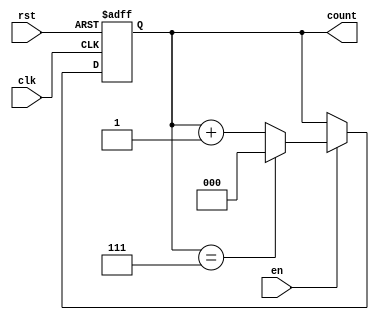
module ModulusCounter #(
    parameter N = 8  // Modulus value, should be greater than 1
)(
    input wire clk,      // Clock signal
    input wire rst,      // Asynchronous reset signal
    input wire en,       // Enable signal
    output reg [$clog2(N)-1:0] count // Output count
);

    // Asynchronous reset and counting logic
    always @(posedge clk or posedge rst) begin
        if (rst) begin
            count <= 0; // Reset count to 0
        end else if (en) begin
            if (count == N - 1) begin
                count <= 0; // Reset to 0 when reaching the maximum modulus
            end else begin
                count <= count + 1; // Increment count
            end
        end
    end
endmodule